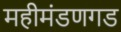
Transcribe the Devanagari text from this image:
महीमंडणगड